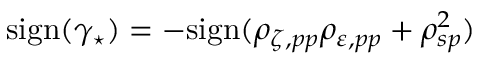
\mathrm { s i g n } ( \gamma _ { \star } ) = - \mathrm { s i g n } ( \rho _ { \zeta , p p } \rho _ { \varepsilon , p p } + \rho _ { s p } ^ { 2 } )